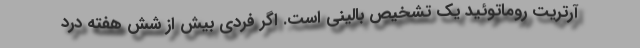
آرتریت روماتوئید یک تشخیص بالینی است. اگر فردی بیش از شش هفته درد